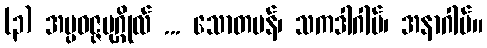
(၃) အပ္ပဝဇ္ဇပုဂ္ဂိုလ် ... သောတပန်၊ သကဒါဂါမ်၊ အနာဂါမ်။